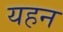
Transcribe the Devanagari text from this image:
यहन